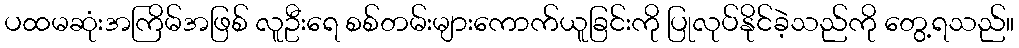
ပထမဆုံးအကြိမ်အဖြစ် လူဦးရေ စစ်တမ်းများကောက်ယူခြင်းကို ပြုလုပ်နိုင်ခဲ့သည်ကို တွေ့ရသည်။